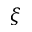
\xi